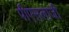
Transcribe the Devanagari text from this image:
पीएसलाजी